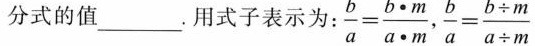
分式的值___。用式子表示为： $$: \frac { b } { a } = \frac { b \cdot m } { a \cdot m }$$, $$\frac { b } { a } = \frac { b \div m } { a \div m }$$